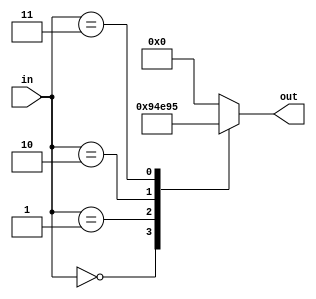
/*
   This file was generated automatically by the Mojo IDE version B1.3.3.
   Do not edit this file directly. Instead edit the original Lucid source.
   This is a temporary file and any changes made to it will be destroyed.
*/

module statusdecoder_8 (
    output reg [4:0] out,
    input [7:0] in
  );
  
  
  
  always @* begin
    out = 8'h00;
    
    case (in)
      8'h00: begin
        out = 5'h12;
      end
      8'h01: begin
        out = 5'h13;
      end
      8'h02: begin
        out = 5'h14;
      end
      8'h03: begin
        out = 5'h15;
      end
    endcase
  end
endmodule